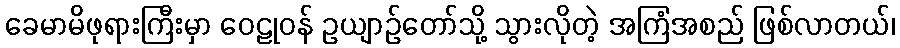
ခေမာမိဖုရားကြီးမှာ ဝေဠုဝန် ဥယျာဉ်တော်သို့ သွားလိုတဲ့ အကြံအစည် ဖြစ်လာတယ်၊